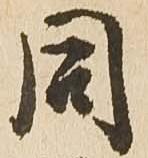
同